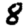
Digit: 8